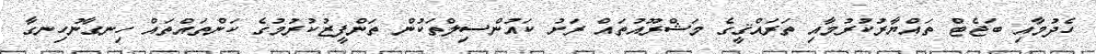
ހެދުމާއި ބަޖެޓް ތައްޔާރުކުރުމާއި ތަރައްޤީގެ މަޝްރޫއުތައް ރަށު ކައުންސިލްތަކުން ތަންފީޒުކުރުމުގެ ކަންތައްތައް ހިނގާނުހިނގާ